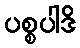
ပစ္စပါဒိ